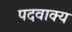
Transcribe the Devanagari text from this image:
पदवाक्य